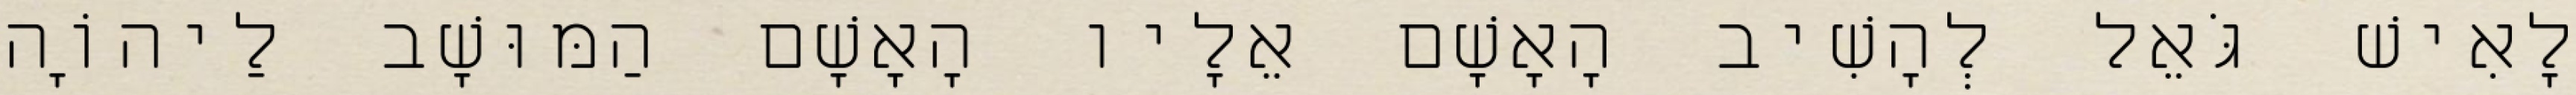
לָאִישׁ גֹּאֵל לְהָשִׁיב הָאָשָׁם אֵלָיו הָאָשָׁם הַמּוּשָׁב לַיהוָֹה